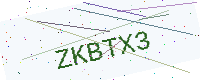
Text: ZKBTX3